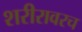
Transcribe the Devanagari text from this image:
शरीरावरच